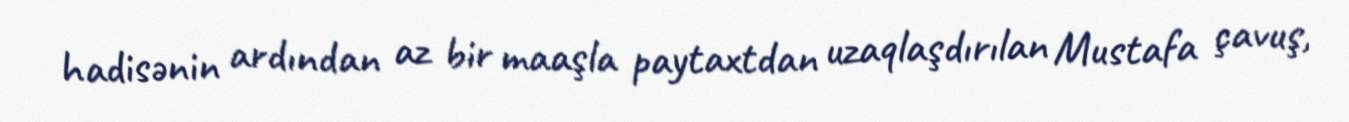
hadisənin ardından az bir maaşla paytaxtdan uzaqlaşdırılan Mustafa çavuş,